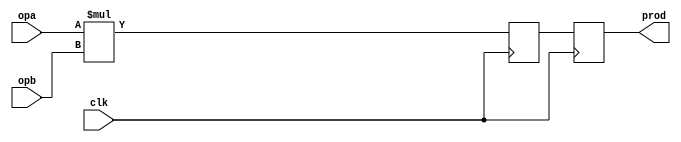
module mul_r2_1(clk, opa, opb, prod);
input		clk;
input	[23:0]	opa, opb;
output	[47:0]	prod;
reg	[47:0]	prod1, prod;
always @(posedge clk)
	prod1 <=   opa * opb;
always @(posedge clk)
	prod <=   prod1;
endmodule